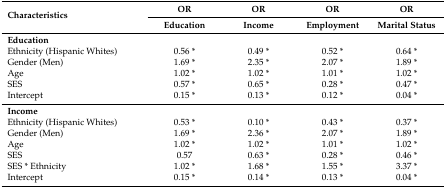
| <ROWSPAN=2> Characteristics | OR | OR | OR | OR |
 | Education | Income | Employment | Marital Status |
 | --- | --- | --- | --- | --- |
 | Education |  |  |  |  |
 | Ethnicity (Hispanic Whites) | 0.56 * | 0.49 * | 0.52 * | 0.64 * |
 | Gender (Men) | 1.69 * | 2.35 * | 2.07 * | 1.89 * |
 | Age | 1.02 * | 1.02 * | 1.01 * | 1.02 * |
 | SES | 0.57 * | 0.65 * | 0.28 * | 0.47 * |
 | Intercept | 0.15 * | 0.13 * | 0.12 * | 0.04 * |
 | Income |  |  |  |  |
 | Ethnicity (Hispanic Whites) | 0.53 * | 0.10 * | 0.43 * | 0.37 * |
 | Gender (Men) | 1.69 * | 2.36 * | 2.07 * | 1.89 * |
 | Age | 1.02 * | 1.02 * | 1.01 * | 1.02 * |
 | SES | 0.57 | 0.63 * | 0.28 * | 0.46 * |
 | SES * Ethnicity | 1.02 * | 1.68 * | 1.55 * | 3.37 * |
 | Intercept | 0.15 * | 0.14 * | 0.13 * | 0.04 * |